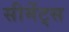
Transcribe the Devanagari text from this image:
सीमेंट्स